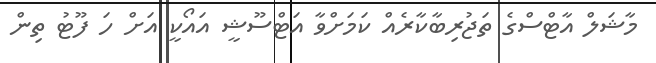
މާޝަލް އާޓްސްގެ ތަޖުރިބާކާރެއް ކަމަށްވާ އަޓްސޫޝީ އައޯކީ އަށް ހަ ފޫޓު ތިން